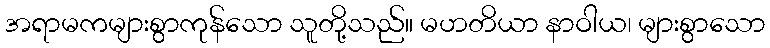
အရာမကများစွာကုန်သော သူတို့သည်။ မဟတိယာ နာဝါယ၊ များစွာသော